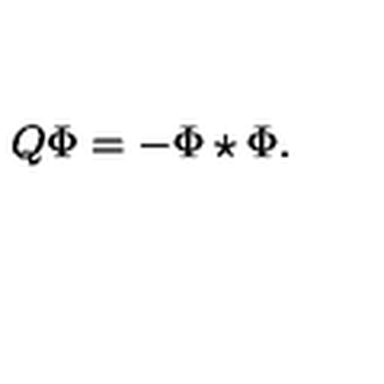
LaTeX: Q \Phi = - \Phi \star \Phi .